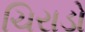
ચિરાડો